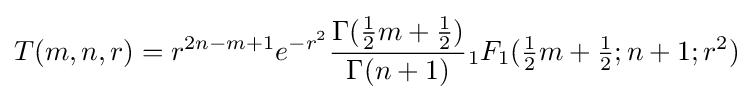
T(m,n,r)=r^{2n-m+1}e^{-r^{2}}{\frac {\Gamma ({\frac {1}{2}}m+{\frac {1}{2}})}{\Gamma (n+1)}}{}_{1}F_{1}({\textstyle {\frac {1}{2}}}m+{\textstyle {\frac {1}{2}}};n+1;r^{2})